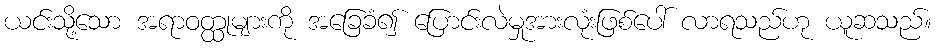
ယင်းသို့သော အရာဝတ္ထုများကို အခြေခံ၍ ပြောင်းလဲမှုအားလုံးဖြစ်ပေါ် လာရသည်ဟု ယူဆသည်။